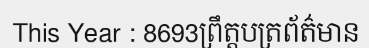
This Year : 8693ព្រឹត្តបត្រព័ត៌មាន